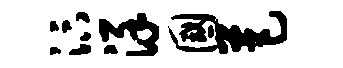
汴详国芭